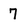
Character: 7